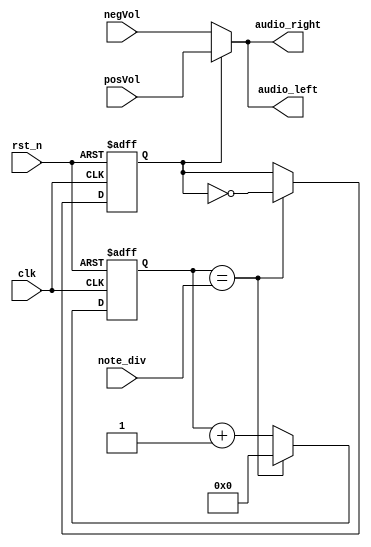
`timescale 1ns / 1ps
module buzzerControl( 
input wire clk, // clock from crystal 
input wire rst_n, // active low reset 
input [21:0] note_div, // div for note generation 
output [15:0] audio_left, // left sound audio 
output [15:0] audio_right, // right sound audio 
input wire [15:0] posVol,
input wire [15:0] negVol
); 
// Declare internal signals 
reg [21:0] clk_cnt_next, clk_cnt; 
reg b_clk, b_clk_next;

// Note frequency generation 
always @(posedge clk or negedge rst_n)begin
    if (~rst_n) begin 
        clk_cnt <= 22'd0; 
        b_clk <= 1'b0; 
    end else begin 
        clk_cnt <= clk_cnt_next; 
        b_clk <= b_clk_next; 
    end     
end

always @(*) begin
    if (clk_cnt == note_div) begin 
        clk_cnt_next = 22'd0; 
        b_clk_next = ~b_clk; 
    end else begin 
        clk_cnt_next = clk_cnt + 1'b1; 
        b_clk_next = b_clk; 
    end 
end
 
// Assign the amplitude of the note 
assign audio_left = (b_clk == 1'b0) ? negVol[15:0] : posVol[15:0]; 
assign audio_right = (b_clk == 1'b0) ? negVol[15:0] : posVol[15:0]; 
endmodule